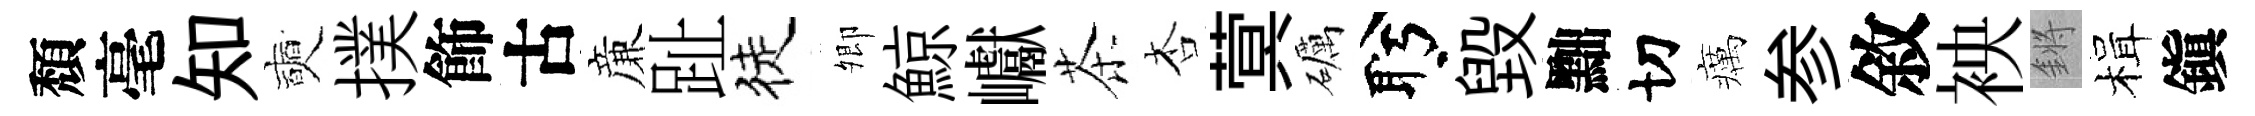
頽毫知奭撲飾古亷趾徒𡖖鯨巘茶杏蓂礪盻毁黜切癘参敘䘧鏘楫鎭